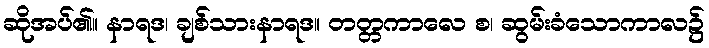
ဆိုအပ်၏။ နာရဒ၊ ချစ်သားနာရဒ။ တတ္တကာလေ စ၊ ဆွမ်းခံသောကာလ၌